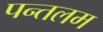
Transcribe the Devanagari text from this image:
पन्तलम